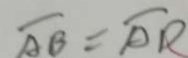
\overline { A B } = \overline { A D }